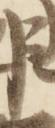
臣